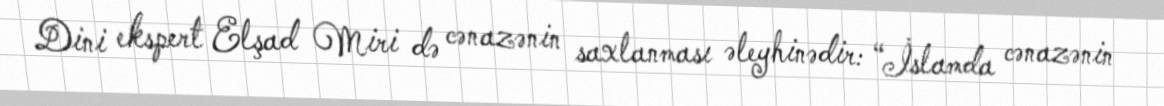
Dini ekspert Elşad Miri də cənazənin saxlanması əleyhinədir: “İslamda cənazənin